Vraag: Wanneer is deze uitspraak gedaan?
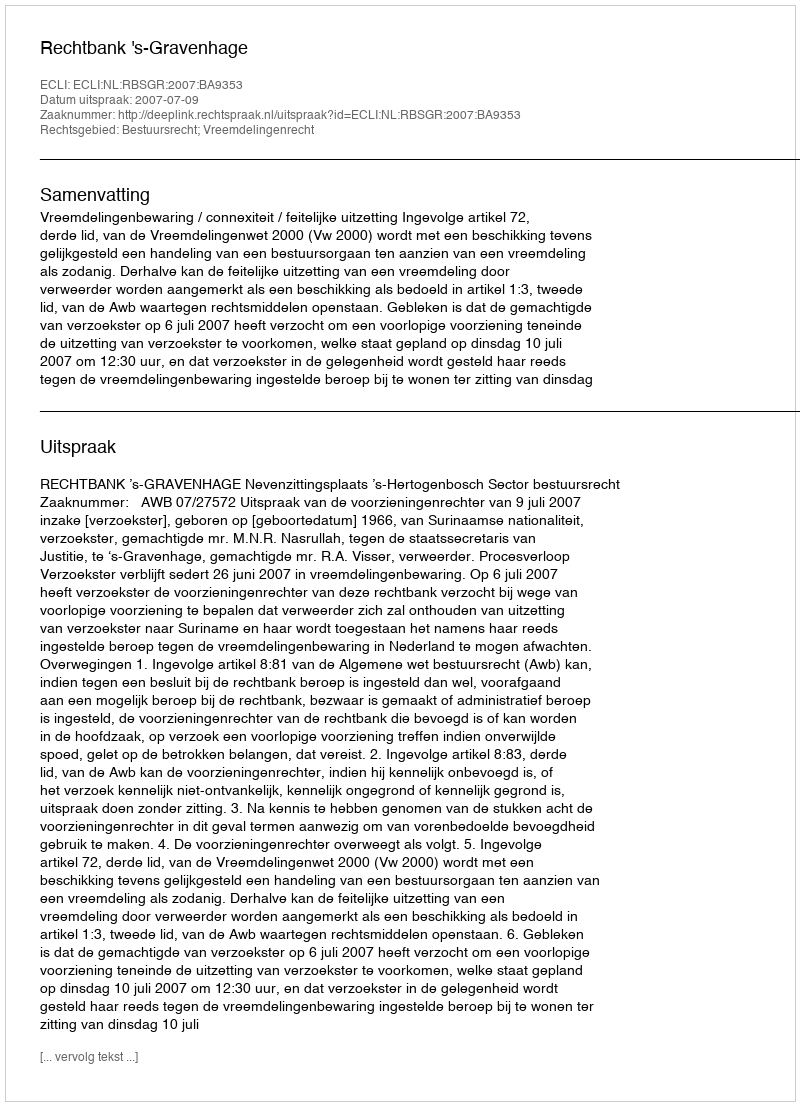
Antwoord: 2007-07-09